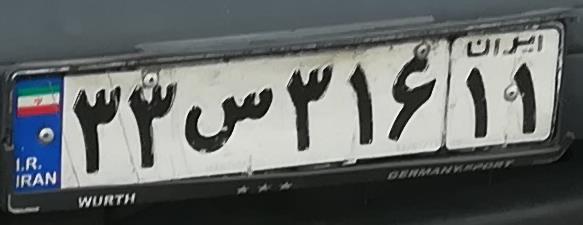
۳۳س۳۱۶۱۱